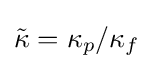
{\tilde {\kappa }}=\kappa _{p}/\kappa _{f}